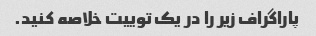
پاراگراف زیر را در یک توییت خلاصه کنید.